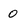
Character: 0